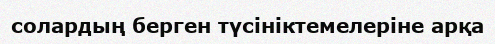
солардың берген түсініктемелеріне арқа